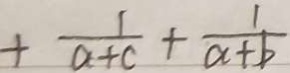
\frac { 1 } { a + c } + \frac { 1 } { a + b }